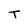
Character: T